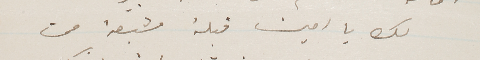
لك يا امين قبلة مشبعة من